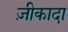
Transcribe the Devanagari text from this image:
ज़ीकादा